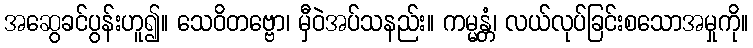
အဆွေခင်ပွန်းဟူ၍။ သေဝိတဗ္ဗော၊ မှီဝဲအပ်သနည်း။ ကမ္မန္တံ၊ လယ်လုပ်ခြင်းစသောအမှုကို။